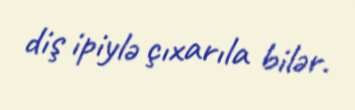
diş ipiylə çıxarıla bilər.